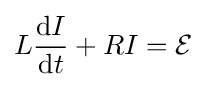
L{\mathrm {d} I \over \mathrm {d} t}+RI={\mathcal {E}}\,\!